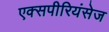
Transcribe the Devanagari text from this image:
एक्‍सपीरियंसेज